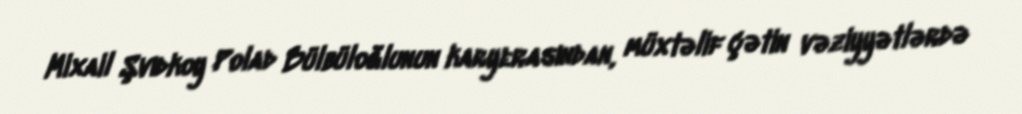
Mixail Şvıdkoy Polad Bülbüloğlunun karyerasından, müxtəlif çətin vəziyyətlərdə